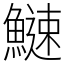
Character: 䲇